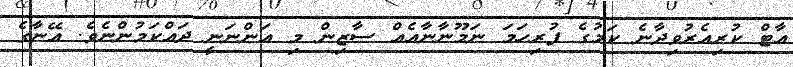
އާޓް ކުރިއެރުވިދާނެ ކަމުގެ ފުރިހަމަ ނަމޫނާނާއެއް ސާޒިން މި އަންނަނީ ދައްކަމުންނެވެ. އޭނާގެ